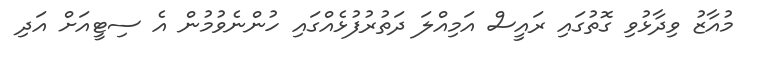
މުއާޒު ވިދާޅުވި ގޮތުގައި ރައީސް އަމިއްލަ ދަތުރުފުޅެއްގައި ހުންނެވުމުން އެ ސިޓީއަށް އަދި